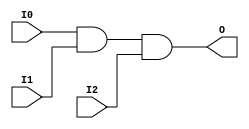

/*

FUNCTION	: 3-INPUT AND GATE

*/

`timescale  100 ps / 10 ps

`celldefine

module AND3 (O, I0, I1, I2);


    output O;

    input  I0, I1, I2;

    and A1 (O, I0, I1, I2);

    specify
	(I0 *> O) = (0, 0);
	(I1 *> O) = (0, 0);
	(I2 *> O) = (0, 0);
    endspecify

endmodule

`endcelldefine